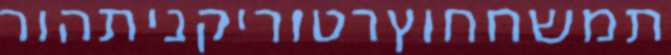
תמשחחוץרטוריקניתהור